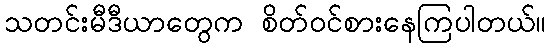
သတင်းမီဒီယာတွေက စိတ်ဝင်စားနေကြပါတယ်။